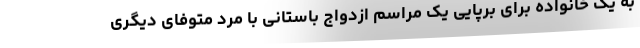
به یک خانواده برای برپایی یک مراسم ازدواج باستانی با مرد متوفای دیگری